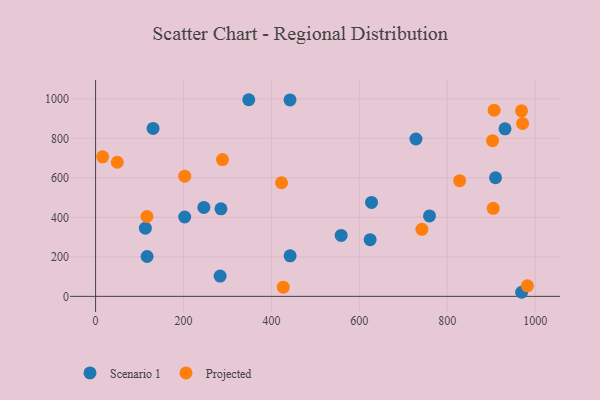
{"axis": {"x": "Engine Size", "y": "Yield"}, "legend": ["Projected", "Scenario 1"], "data": [{"x": "202.7", "y": 401.8, "type": "Scenario 1"}, {"x": "117.1", "y": 201.9, "type": "Scenario 1"}, {"x": "283.3", "y": 102.6, "type": "Scenario 1"}, {"x": "558.6", "y": 308.6, "type": "Scenario 1"}, {"x": "442.5", "y": 205.4, "type": "Scenario 1"}, {"x": "759.6", "y": 407.1, "type": "Scenario 1"}, {"x": "909.7", "y": 600.5, "type": "Scenario 1"}, {"x": "627.7", "y": 475.3, "type": "Scenario 1"}, {"x": "728.7", "y": 796.6, "type": "Scenario 1"}, {"x": "130.7", "y": 850.1, "type": "Scenario 1"}, {"x": "246.3", "y": 450.3, "type": "Scenario 1"}, {"x": "113.2", "y": 345.4, "type": "Scenario 1"}, {"x": "442.3", "y": 994.2, "type": "Scenario 1"}, {"x": "624.5", "y": 287.2, "type": "Scenario 1"}, {"x": "969.1", "y": 20.7, "type": "Scenario 1"}, {"x": "285.2", "y": 443.0, "type": "Scenario 1"}, {"x": "931.3", "y": 848.0, "type": "Scenario 1"}, {"x": "348.4", "y": 995.4, "type": "Scenario 1"}, {"x": "16.0", "y": 706.3, "type": "Projected"}, {"x": "971.3", "y": 875.1, "type": "Projected"}, {"x": "903.0", "y": 788.3, "type": "Projected"}, {"x": "202.7", "y": 608.2, "type": "Projected"}, {"x": "288.6", "y": 692.2, "type": "Projected"}, {"x": "423.0", "y": 575.0, "type": "Projected"}, {"x": "426.9", "y": 46.5, "type": "Projected"}, {"x": "982.2", "y": 53.2, "type": "Projected"}, {"x": "904.5", "y": 445.8, "type": "Projected"}, {"x": "906.6", "y": 942.7, "type": "Projected"}, {"x": "116.8", "y": 404.3, "type": "Projected"}, {"x": "968.9", "y": 939.3, "type": "Projected"}, {"x": "742.3", "y": 339.4, "type": "Projected"}, {"x": "49.3", "y": 678.9, "type": "Projected"}, {"x": "828.2", "y": 585.6, "type": "Projected"}]}